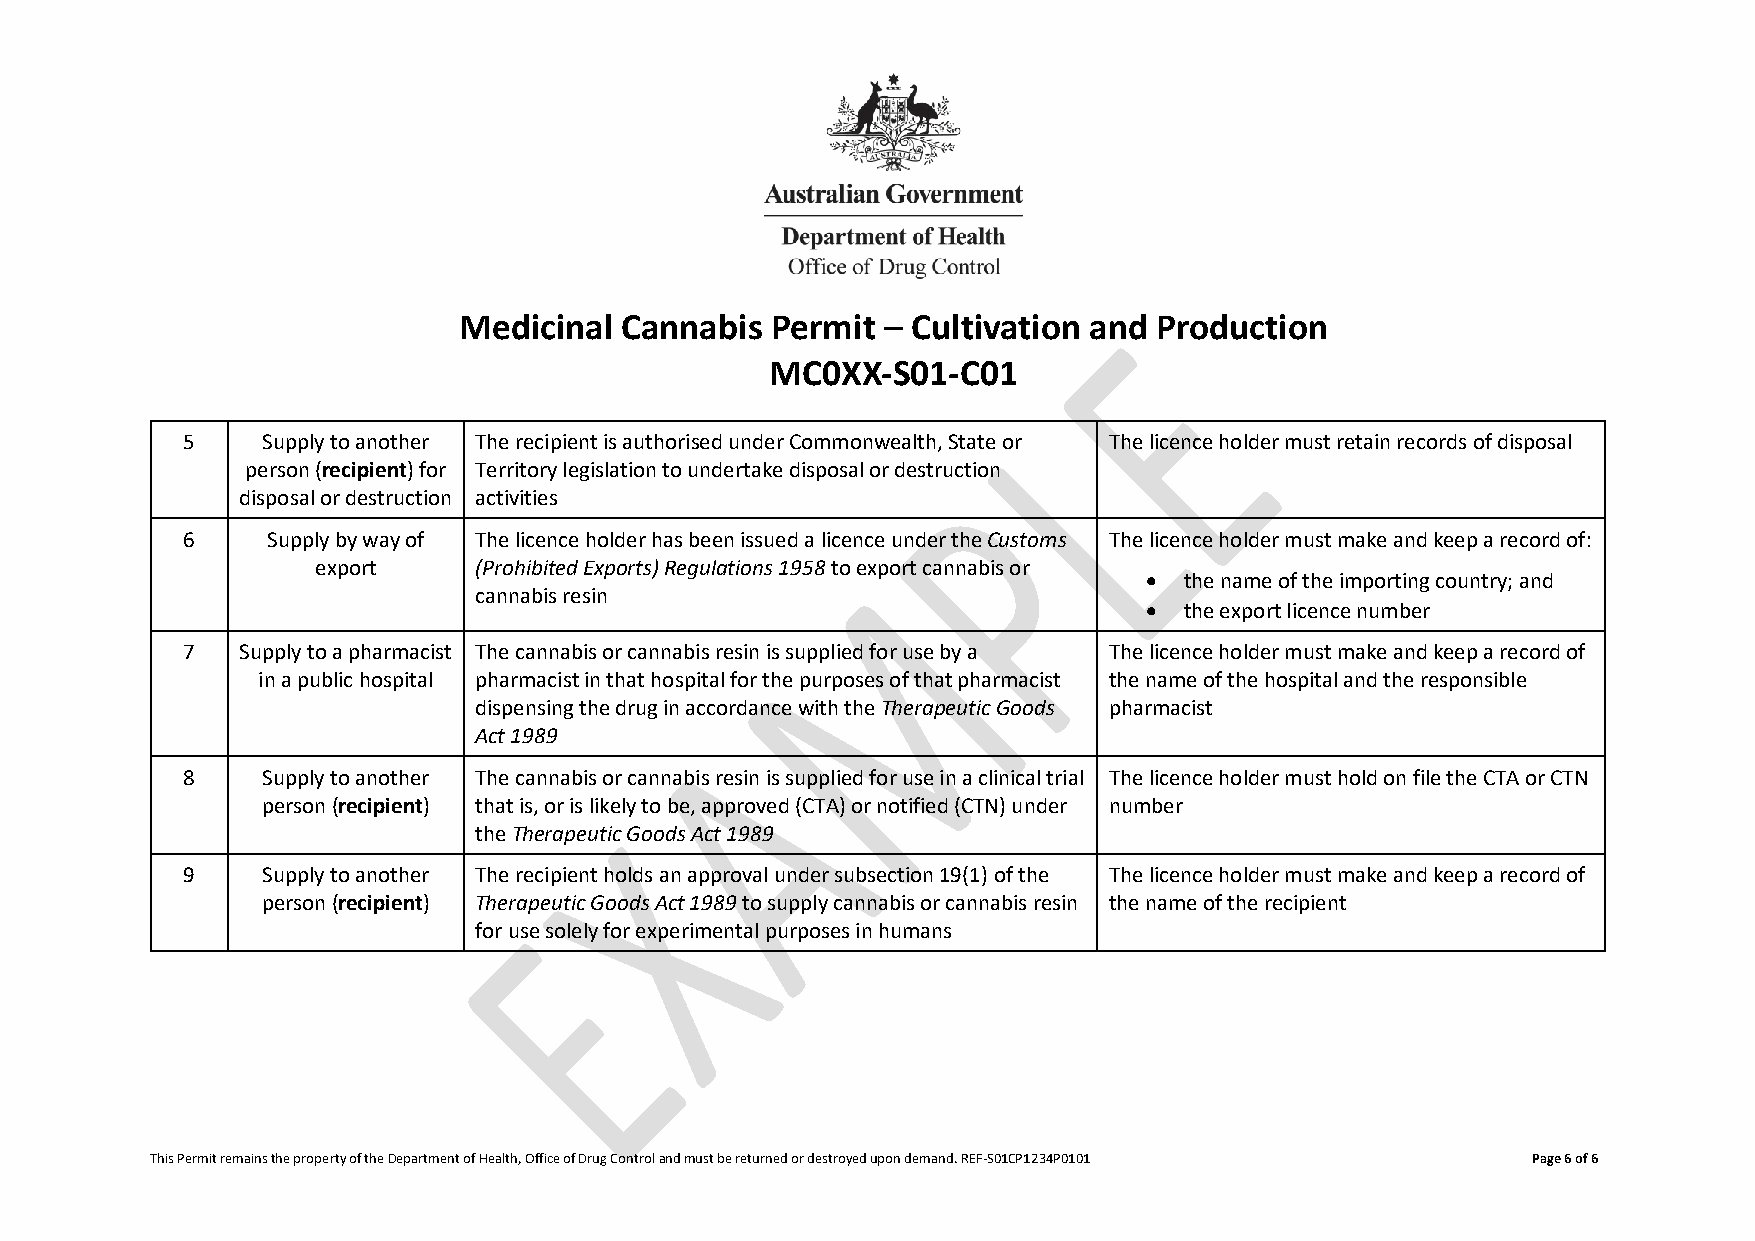
Medicinal  Cannabis  Permit  – Cultivation and Production
 MC0XX-S01-C01
 5    Supply to another The recipient is authorised under Commonwealth, State or The licence holder must retain records of disposal
 person (recipient) for Territory legislation to undertake disposal or destruction
 disposal or destruction activities
 6     Supply by way of The licence holder has been issued a licence under the Customs The licence holder must make and keep a record of:
 export    (Prohibited Exports) Regulations 1958 to export cannabis or
 • the name of the importing country; and
 cannabis resin
 • the export licence number
 7   Supply to a pharmacist The cannabis or cannabis resin is supplied for use by a The licence holder must make and keep a record of
 in a public hospital pharmacist in that hospital for the purposes of that pharmacist the name of the hospital and the responsible
 dispensing the drug in accordance with the Therapeutic Goods pharmacist
 Act 1989
 8    Supply to another The cannabis or cannabis resin is supplied for use in a clinical trial The licence holder must hold on file the CTA or CTN
 person (recipient) that is, or is likely to be, approved (CTA) or notified (CTN) under number
 the Therapeutic Goods Act 1989
 9    Supply to another The recipient holds an approval under subsection 19(1) of the The licence holder must make and keep a record of
 person (recipient) Therapeutic Goods Act 1989 to supply cannabis or cannabis resin the name of the recipient
 for use solely for experimental purposes in humans
 This Permit remains the property of the Department of Health, Office of Drug Control and must be returned or destroyed upon demand. REF-S01CP1234P0101 Page 6 of 6